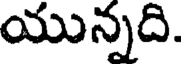
యున్నది.